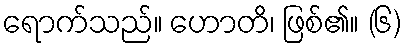
ရောက်သည်။ ဟောတိ၊ ဖြစ်၏။ (၆)